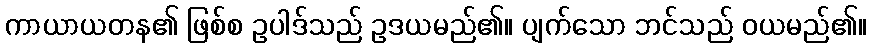
ကာယာယတန၏ ဖြစ်စ ဥပါဒ်သည် ဥဒယမည်၏။ ပျက်သော ဘင်သည် ဝယမည်၏။